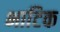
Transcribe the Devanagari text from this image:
भाटिक